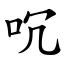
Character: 㕴